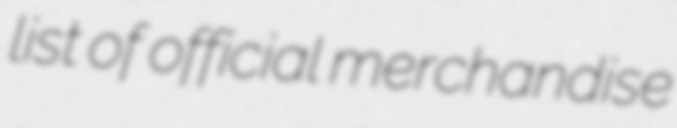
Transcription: list of official merchandise